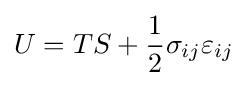
U=TS+{\frac {1}{2}}\sigma _{ij}\varepsilon _{ij}